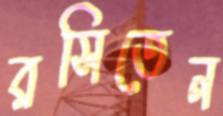
রসিতেন